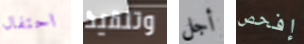
احتفال وتنفيذ أجل إفحص